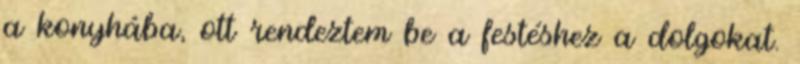
a konyhába, ott rendeztem be a festéshez a dolgokat.